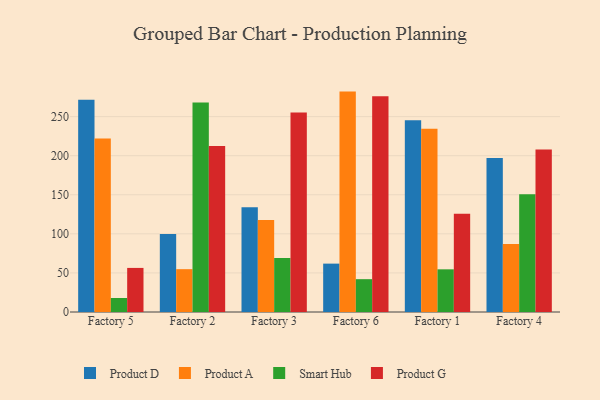
{"axis": {"x": "Factory", "y": "Bounce Rate (%)"}, "legend": ["Product A", "Product D", "Product G", "Smart Hub"], "data": [{"x": "Factory 5", "y": 271.7, "type": "Product D"}, {"x": "Factory 5", "y": 221.9, "type": "Product A"}, {"x": "Factory 5", "y": 17.9, "type": "Smart Hub"}, {"x": "Factory 5", "y": 56.4, "type": "Product G"}, {"x": "Factory 2", "y": 99.7, "type": "Product D"}, {"x": "Factory 2", "y": 54.8, "type": "Product A"}, {"x": "Factory 2", "y": 268.2, "type": "Smart Hub"}, {"x": "Factory 2", "y": 212.5, "type": "Product G"}, {"x": "Factory 3", "y": 134.0, "type": "Product D"}, {"x": "Factory 3", "y": 117.8, "type": "Product A"}, {"x": "Factory 3", "y": 69.2, "type": "Smart Hub"}, {"x": "Factory 3", "y": 255.4, "type": "Product G"}, {"x": "Factory 6", "y": 61.9, "type": "Product D"}, {"x": "Factory 6", "y": 282.0, "type": "Product A"}, {"x": "Factory 6", "y": 42.0, "type": "Smart Hub"}, {"x": "Factory 6", "y": 276.2, "type": "Product G"}, {"x": "Factory 1", "y": 245.2, "type": "Product D"}, {"x": "Factory 1", "y": 234.4, "type": "Product A"}, {"x": "Factory 1", "y": 54.6, "type": "Smart Hub"}, {"x": "Factory 1", "y": 125.8, "type": "Product G"}, {"x": "Factory 4", "y": 197.2, "type": "Product D"}, {"x": "Factory 4", "y": 86.9, "type": "Product A"}, {"x": "Factory 4", "y": 150.8, "type": "Smart Hub"}, {"x": "Factory 4", "y": 207.8, "type": "Product G"}]}